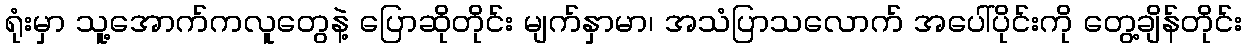
ရုံးမှာ သူ့အောက်ကလူတွေနဲ့ ပြောဆိုတိုင်း မျက်နှာမာ၊ အသံပြာသလောက် အပေါ်ပိုင်းကို တွေ့ချိန်တိုင်း